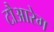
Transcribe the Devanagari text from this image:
टौआरेग